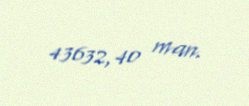
43632,40 man.